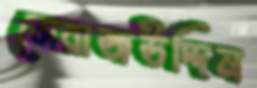
মেরাজউদ্দিন